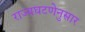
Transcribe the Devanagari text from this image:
राज्यघटणेनुसार